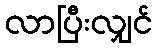
လာပြီးလျှင်